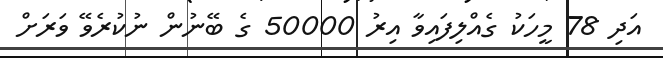
އަދި 78 މީހަކު ގެއްލިފައިވާ އިރު 50000 ގެ ބޭނުން ނުކުރެވޭ ވަރަށް